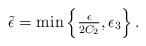
LaTeX: \begin{align*} \tilde{\epsilon} = \min\left\{\tfrac{\epsilon}{2C_2}, \epsilon_3\right\}.\end{align*}